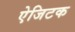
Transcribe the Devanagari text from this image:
ऐजिटक